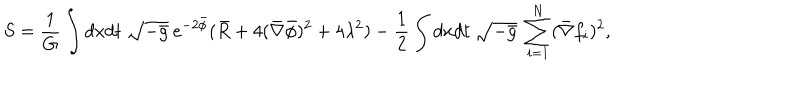
S = \frac { 1 } { G } \int d x d t \: \sqrt { - \bar { g } } \: e ^ { - 2 \bar { \phi } } ( \bar { R } + 4 ( \bar { \nabla } \bar { \phi } ) ^ { 2 } + 4 \lambda ^ { 2 } ) - \frac { 1 } { 2 } \int d x d t \: \sqrt { - \bar { g } } \: \sum _ { i = 1 } ^ { N } ( \bar { \nabla } f _ { i } ) ^ { 2 } ,